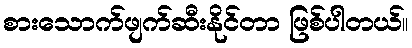
စားသောက်ဖျက်ဆီးနိုင်တာ ဖြစ်ပါတယ်။